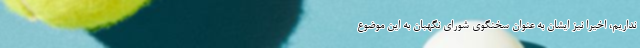
نداريم، اخيرا نيز ايشان به عنوان سخنگوي شوراي نگهبان به اين موضوع